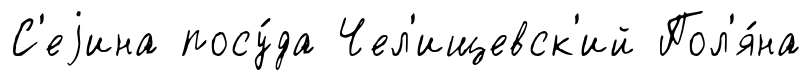
С'еjина посу́да Чел'ищевск'ий Пол'я́на